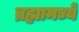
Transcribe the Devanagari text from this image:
ब्रह्मामध्ये